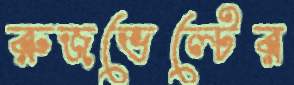
রুজভেল্টের